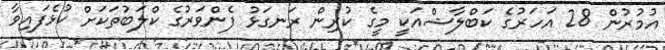
އުމުރުން 28 އަހަރުގެ ކަބްލާޝްއަކީ މީގެ ކުރިން ރަނގަޅު ފެންވަރުގެ ކްލަބުތަކަށް ކުޅެފައިވާ